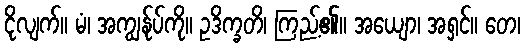
ငိုလျက်။ မံ၊ အကျွန်ုပ်ကို။ ဥဒိက္ခတိ၊ ကြည့်၏။ အယျော၊ အရှင်။ တေ၊